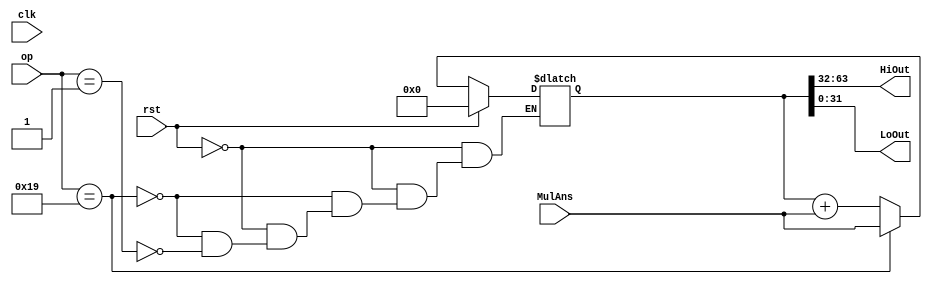
module HiLo( clk, op, MulAns, HiOut, LoOut, rst  );
input clk, rst ;
input [5:0] op ;
input [63:0] MulAns ;
output [31:0] HiOut ;
output [31:0] LoOut ;
reg [63:0] HiLo ;

parameter MULTU = 6'd25 ;
parameter MADDU = 6'd1  ;

always@( MulAns or rst or op)
begin
	if ( rst )
		HiLo = 64'b0 ;
	else if (op == MULTU) 
		HiLo = MulAns ;	
	else if (op == MADDU)
		HiLo = HiLo + MulAns ;
end

assign HiOut = HiLo[63:32] ;
assign LoOut = HiLo[31:0] ;


endmodule